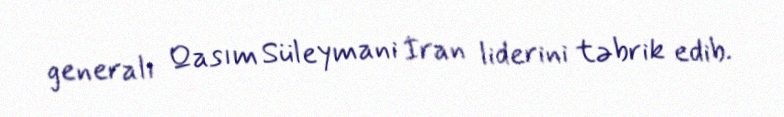
generalı Qasım Süleymani İran liderini təbrik edib.